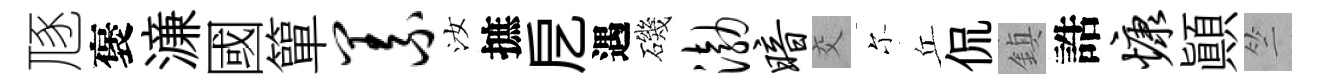
豗褒濓國簞义汝摭戹遇磯渤暗交尓丘侃鎮誥慷顚竺